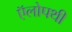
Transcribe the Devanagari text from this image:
ऍलोपथी